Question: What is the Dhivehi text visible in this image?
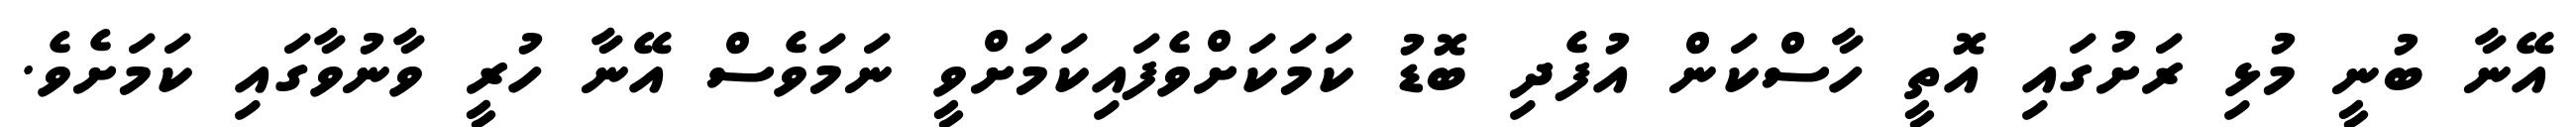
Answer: އޭނާ ބުނީ މުޅި ރަށުގައި އޮތީ ހާސްކަން އުފެދި ބޮޑު ކަމަކަށްވެފައިކަމަށްވީ ނަމަވެސް އޭނާ ހުރީ ވާނުވާގައި ކަމަށެވެ.